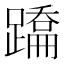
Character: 𨅳